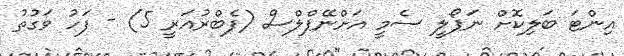
އިންޓަ ބަލިކޮށް ނަޕޯލީ ސެމީ އަށްނޭޕްލްސް (ފެބްރުއަރީ 5) - ފަހު ވަގުތު